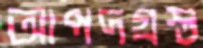
আপদগ্রস্ত